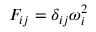
{ F } _ { i j } = \delta _ { i j } \omega _ { i } ^ { 2 }